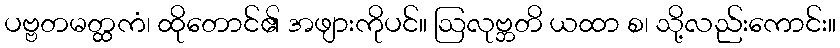
ပဗ္ဗတမတ္ထကံ၊ ထိုတောင်၏ အဖျားကိုပင်။ ဩလုဗ္ဘတိ ယထာ စ၊ သို့လည်းကောင်း။